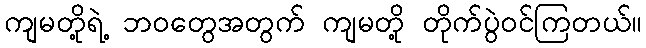
ကျမတို့ရဲ့ ဘဝတွေအတွက် ကျမတို့ တိုက်ပွဲဝင်ကြတယ်။